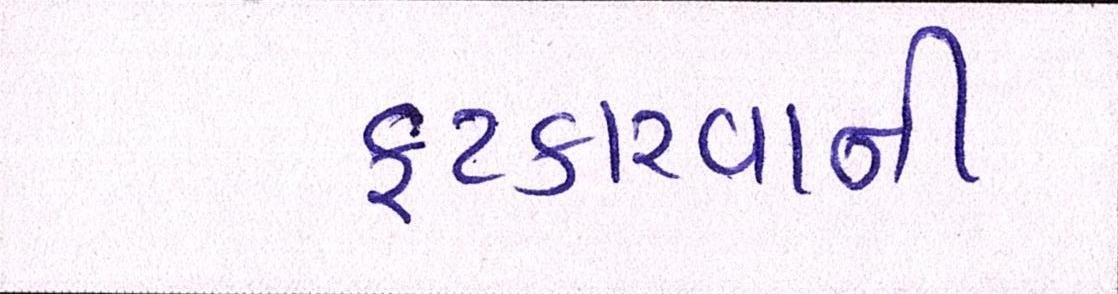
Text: ફટકારવાની